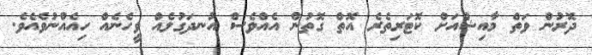
ދޮރުން ވަތް މާއިޝްއަށް ކޮޓަރިތެރެ އޮތް ގޮތުން އެއްވެސް އުނދަގުލެއް ވީހެނެއް ހިއެއްނުވެއެވެ.